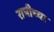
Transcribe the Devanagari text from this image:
रात्रीच्या